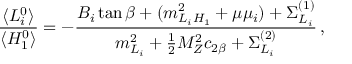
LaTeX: { \frac { \langle L _ { i } ^ { 0 } \rangle } { \langle H _ { 1 } ^ { 0 } \rangle } } = - { \frac { B _ { i } \tan \beta + ( m _ { L _ { i } H _ { 1 } } ^ { 2 } + \mu \mu _ { i } ) + \Sigma _ { L _ { i } } ^ { ( 1 ) } } { m _ { L _ { i } } ^ { 2 } + { \frac { 1 } { 2 } } M _ { Z } ^ { 2 } c _ { 2 \beta } + \Sigma _ { L _ { i } } ^ { ( 2 ) } } } \, ,